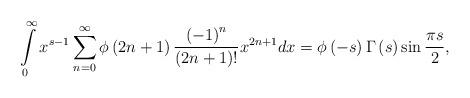
LaTeX: \begin{align*}\int\limits_0^\infty {{x^{s - 1}}\sum\limits_{n = 0}^\infty {\phi \left( {2n + 1} \right)\frac{{{{\left( { - 1} \right)}^{n}}}}{{\left( {2n + 1} \right)!}}{x^{2n + 1}}dx = \phi \left( { - s} \right)\Gamma \left( s \right)\sin \frac{{\pi s}}{2}} },\end{align*}